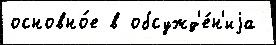
основно́е в обсужд'е́н'иjа